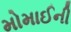
મોમાઈની